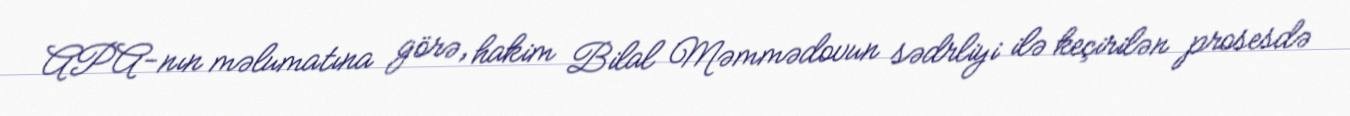
APA-nın məlumatına görə, hakim Bilal Məmmədovun sədrliyi ilə keçirilən prosesdə